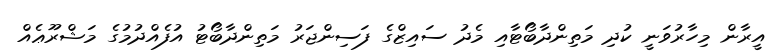
އީރާން މިހާރުވަނީ ކުދި މަތިންދާބޯޓާއި މެދު ސައިޒްގެ ފަސިންޖަރު މަތިންދާބޯޓު އުފެއްދުމުގެ މަޝްރޫޢެއް